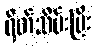
ရိတ်သိမ်းပြီး